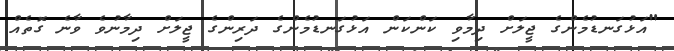
"އަޅުގަނޑުމެންގެ ޖީލަށް ދިމާވި ކަންކަން އަޅުގަނޑުމެންގެ ދަރިންގެ ޖީލަށް ދިމާނުވެ ވާނެ ގޮތެއް